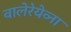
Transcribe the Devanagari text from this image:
वालेरेयेव्ना